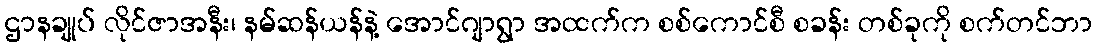
ဌာနချုပ် လိုင်ဇာအနီး၊ နမ်ဆန်ယန်နဲ့ အောင်ဂျာရွာ အထက်က စစ်ကောင်စီ စခန်း တစ်ခုကို စက်တင်ဘာ